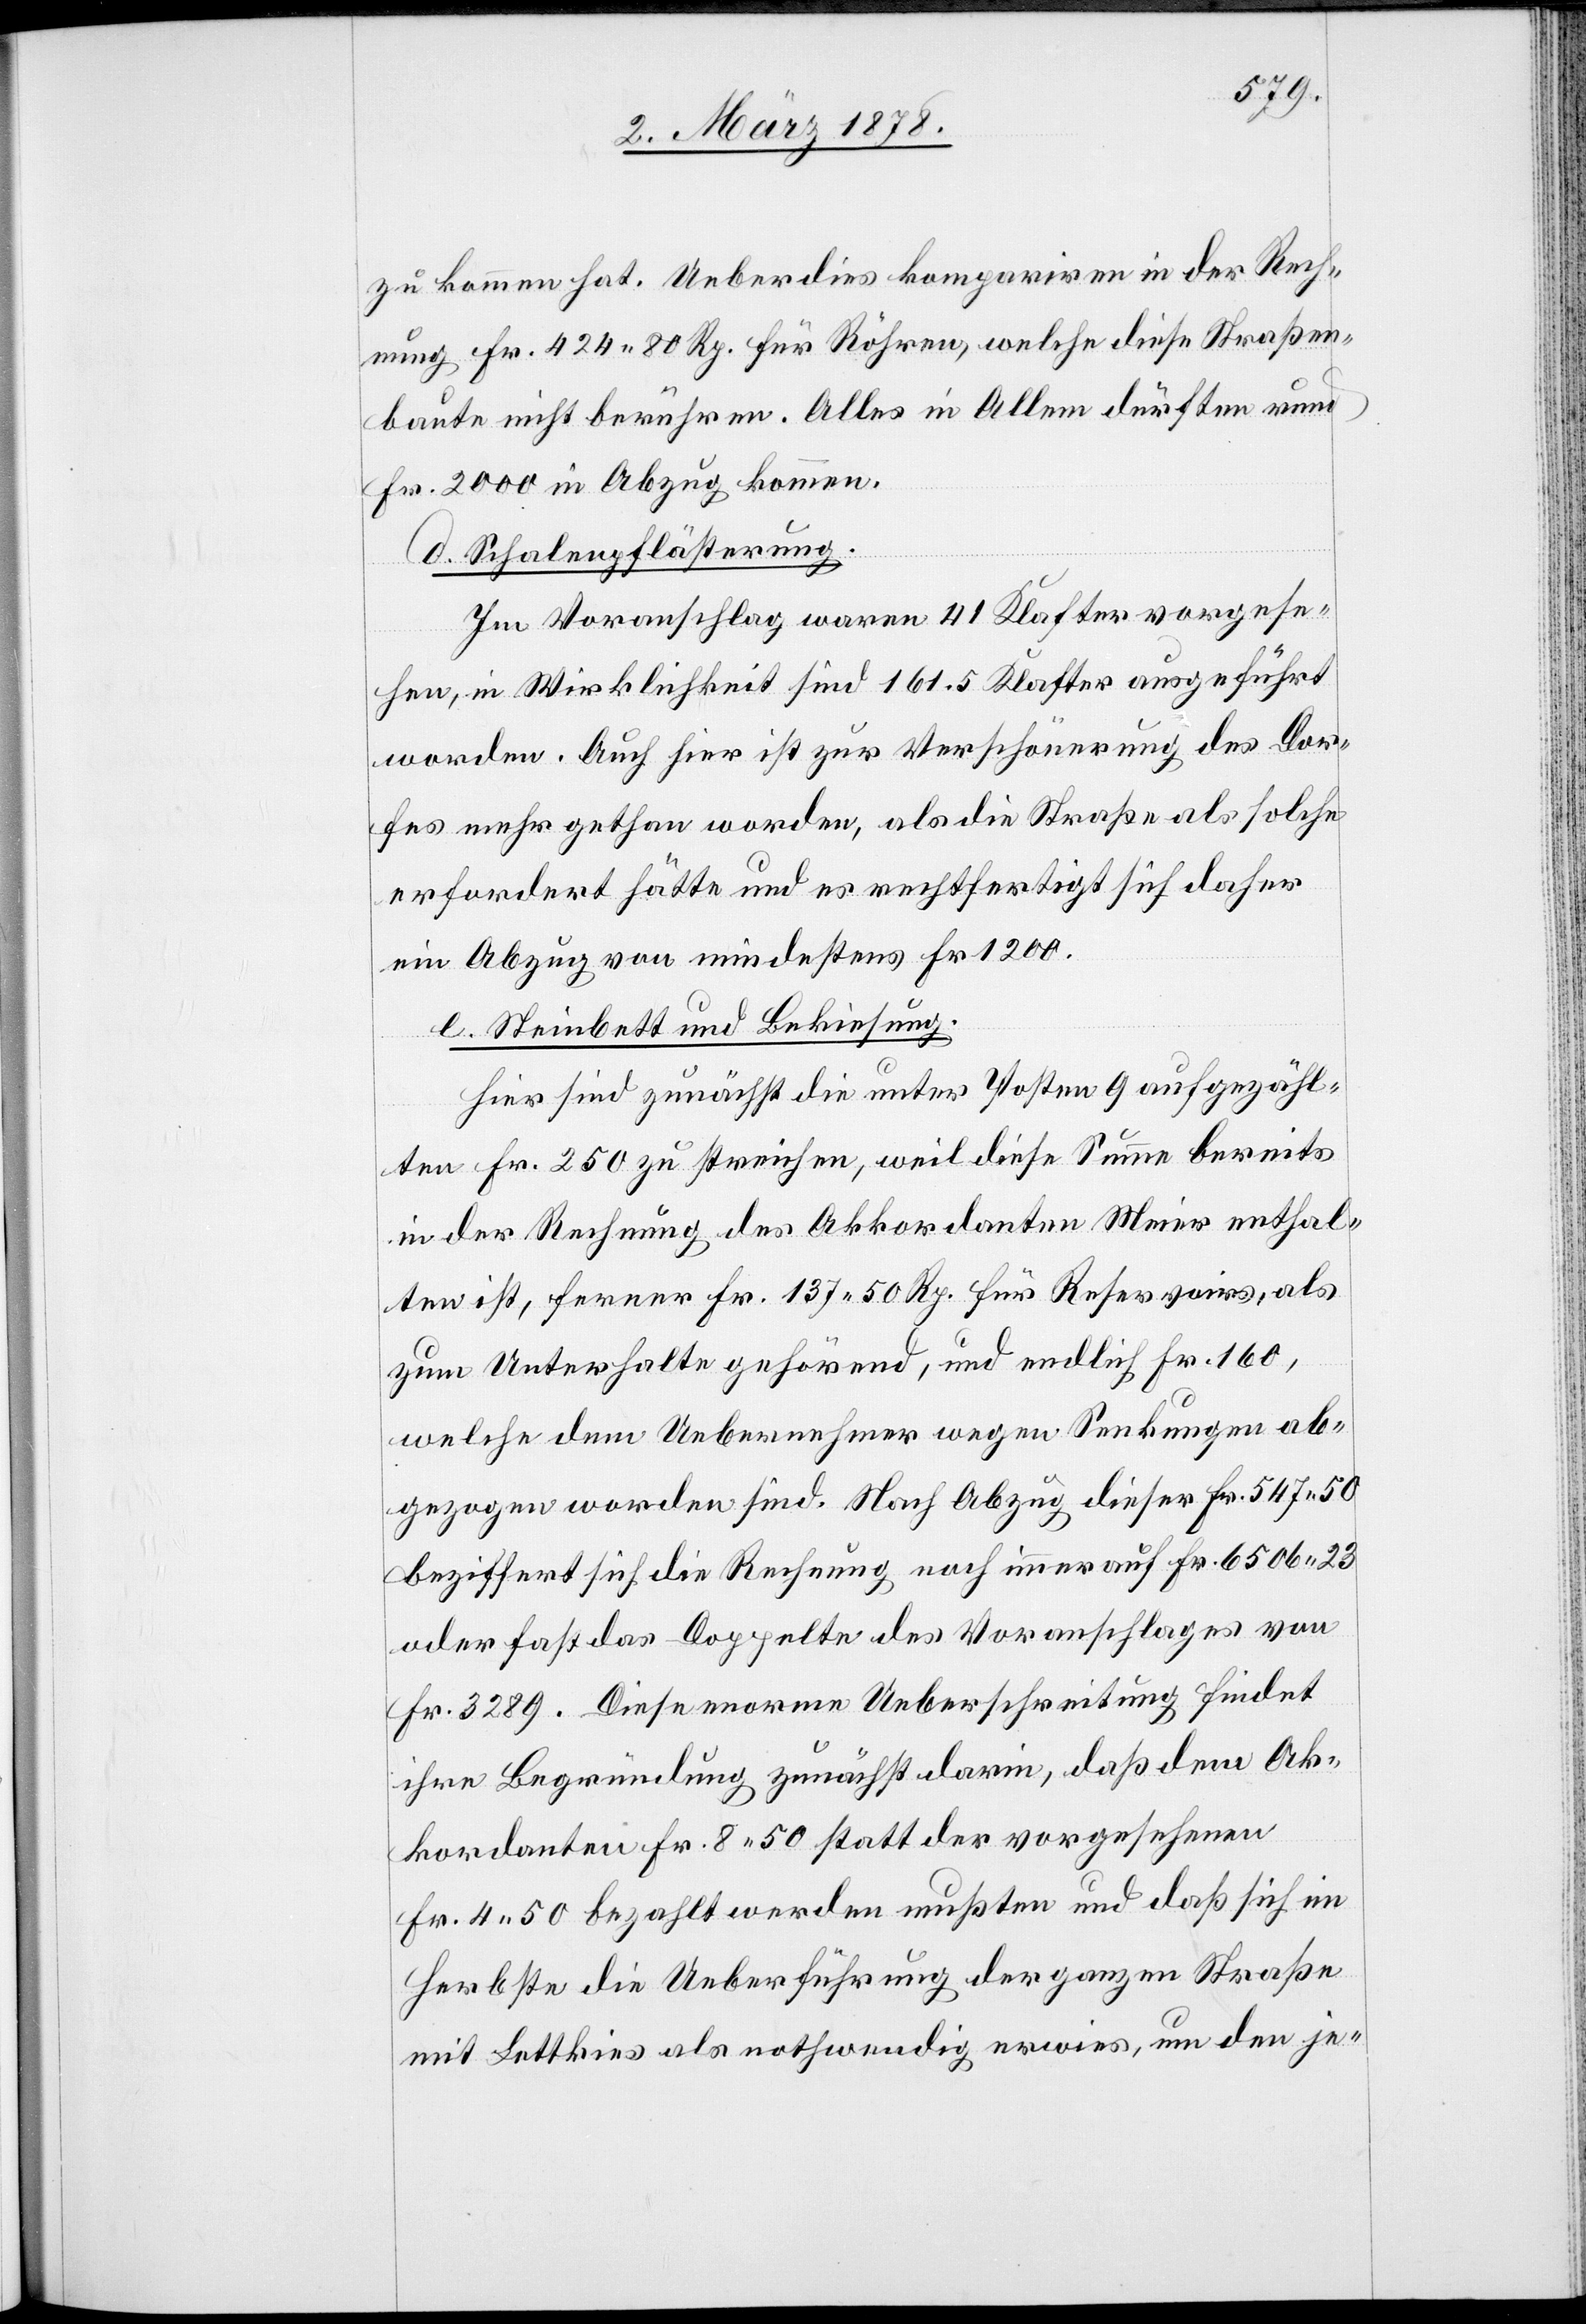
zu kommen hat. Ueberdies kompariren in der Rech¬
nung Fr. 424. 80 Rp. für Röhren, welche diese Straßen¬
baute nicht berühren. Alles in Allem dürften rund
Fr. 2000 in Abzug kommen.
d. Schalenpflästerung.
Im Voranschlag waren 41 Klafter vorgese¬
hen, in Wirklichkeit sind 161.5 Klafter ausgeführt
worden. Auch hier ist zur Verschönerung des Dor¬
fes mehr gethan worden, als die Straße als solche
erfordert hätte und es rechtfertigt sich daher
ein Abzug von mindestens Fr. 1200.
e. Steinbett und Bekiesung.
Hier sind zunächst die unter Posten 9 aufgezähl¬
ten Fr. 250 zu streichen, weil diese Summe bereits
in der Rechnung des Akkordanten Meier enthal¬
ten ist, ferner Fr. 137. 50 Rp. für Reservoirs, als
zum Unterhalte gehörend, und endlich Fr. 160,
welche dem Uebernehmer wegen Senkungen ab¬
gezogen worden sind. Nach Abzug dieser Fr. 547. 50
beziffert sich die Rechnung noch immer auf Fr. 6505. 23
oder fast das Doppelte des Voranschlages von
Fr. 3289. Diese enorme Ueberschreitung findet
ihre Begründung zunächst darin, daß dem Ak¬
kordanten Fr. 8. 50 statt der vorgesehenen
Fr. 4. 50 bezahlt werden mußten und daß sich im
Herbste die Ueberführung der ganzen Straße
mit Lettkies als nothwendig erwies, um den je-